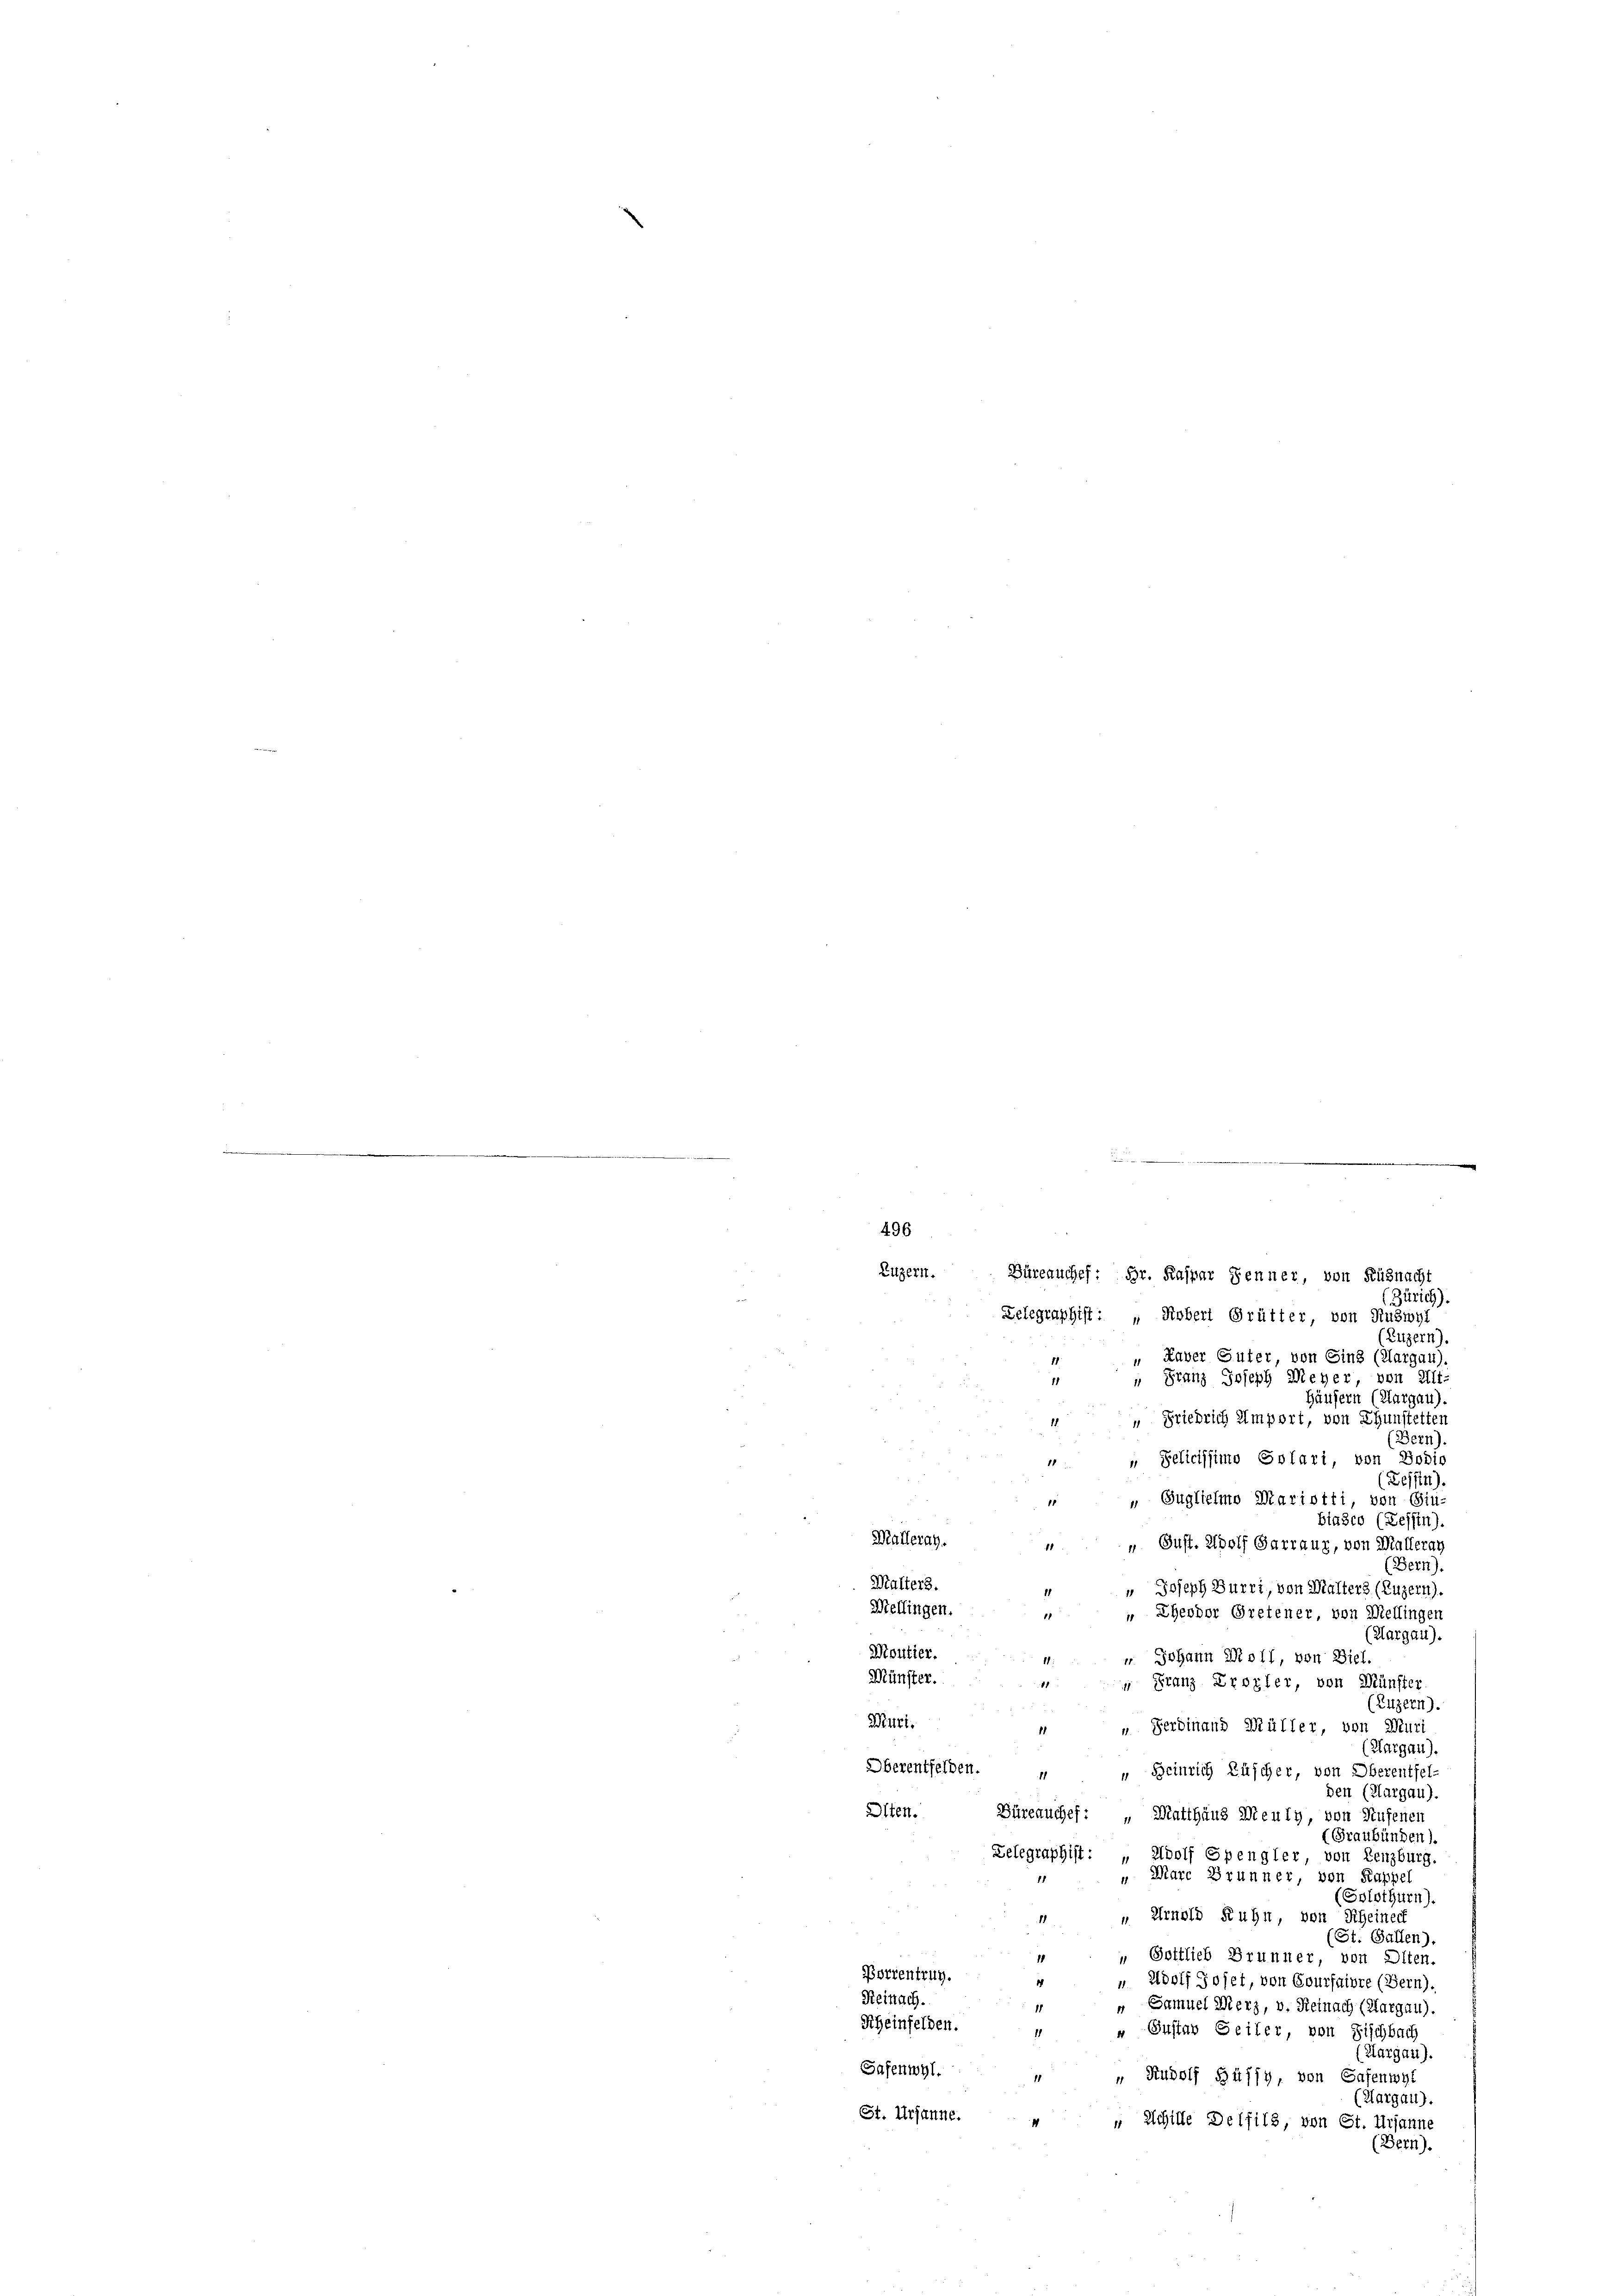
496
Luzern. Büreauches: Hr. Kaspar Fenner, von Küsnacht
(Zürich).
Telegraphist: „Kobert Grütter, von Ruswyl
(Luzern).
„ Kaver Suter von Sinz (Aargau).
" Franz Joseph Meyer, von Alt-
11
Häusern (Margau).
 " Friedrich emport, von Thunstetten
Bern)
" Selicissimo Solari, von Bodio
(Bessen).
 „ Sugliehmo Mariotti von Giu-
biasco (Zessin).
Malleray.
„ Gust. Adolf Garraus, von Malleray
1
(Bern).
Malters
" Joseph Burri, von Malters (Luzern).
11

Mellingen.
e
Eheodor Gretener, von Mellingen
(Aargau).
Moutier.
" Johann Moll, von Diel.
11:
Münster.
 Franz Erozler, von Münster
1
(Luzern).
Witzi.
u Ferdinand Müller, von Muri
11
(Aargau).
Oberentfelden. „ „ Heinrich Lüscher, von Oberentfel-
den (Aargau).
Alten.
Büreauches: „Matthaus Meuly, von Rufenen
Graubünden).
Delegraphist:
Adolf Spengler von Lenzburg.
Marc Brunner, von Kappel
(Solothurn).
 Arnold Kuhn, von Rheinec
(St. Gallen).
„ Gottlieb Brunner, von Olten.
Bortentrug.
Adolf Joset, von Coursuivre (Bern).
11.
Reinach.
1
" Samuel Merz, v. Reinach (Aargau).
Scheinfelden.
 Eustav Seiter, von Fischbach
1
(Aargau).
Safenwyl.
“ Rudolf Büffy, von Safenwyl
11
(Aargau).
St. Ursanne.
" Schille Delfils, von St. Ursanne
(Bern).